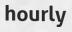
hourly